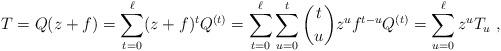
LaTeX: \begin{align*} T = Q(z + f) = \sum_{t=0}^{\ell} (z + f)^t Q^{(t)} = \sum_{t=0}^{\ell} \sum_{u=0}^{t} \binom{t}{u}z^u f^{t-u} Q^{(t)} = \sum_{u=0}^{\ell} z^u T_u \ , \end{align*}